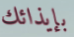
بإيذائك